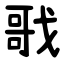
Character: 戨